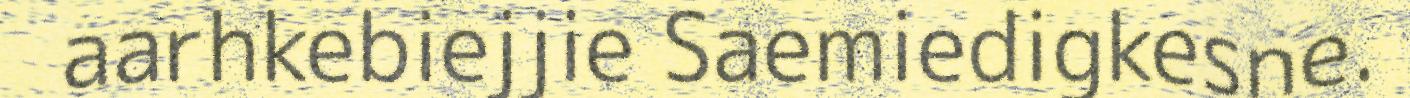
aarhkebiejjie Saemiedigkesne.